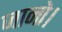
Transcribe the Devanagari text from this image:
जानो।